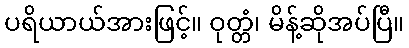
ပရိယာယ်အားဖြင့်။ ဝုတ္တံ၊ မိန့်ဆိုအပ်ပြီ။